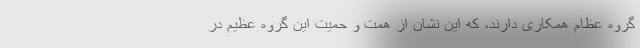
گروه عظام همکاری دارند، که این نشان از همت و حمیت این گروه عظیم در